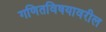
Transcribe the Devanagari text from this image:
गणितविषयावरील